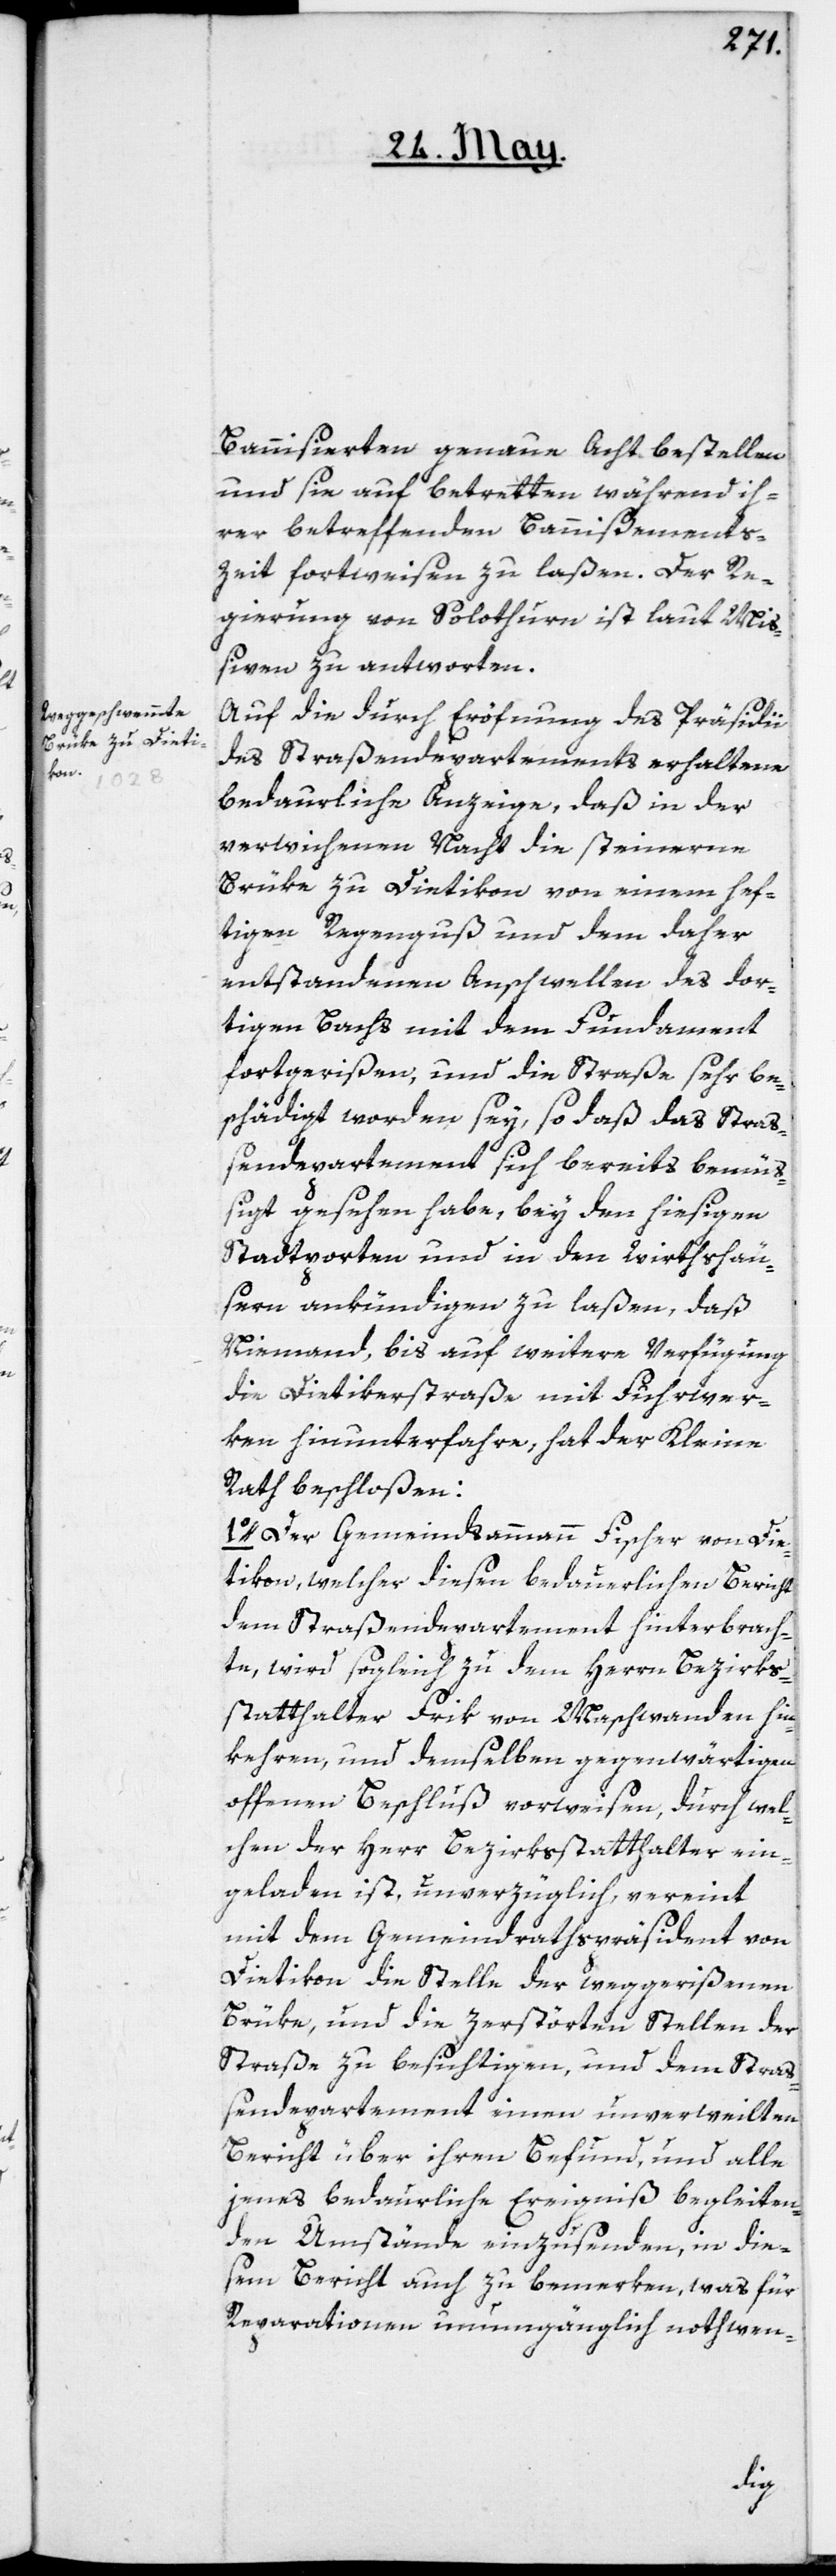
Bannisierten genaue Acht bestellen
und sie auf Betretten während ih¬
rer betreffenden Bannißements-Z¬
eit fortweisen zu laßen. Der Re¬
gierung von Solothurn ist laut Miß¬
iven zu antworten.
Auf die durch Eröfnung des Präsidii
des Straßendepartements erhaltene
bedaurliche Anzeige, daß in der
verwichenen Nacht die steinerne
Brüke zu Dietikon von einem hef¬
tigen Regenguß und dem daher
entstandenen Anschwellen des dor¬
tigen Bachs mit dem Fundament
fortgerißen, und die Straße sehr be¬
schädigt worden sey, so daß das Straß¬
endepartement sich bereits bemüß¬
igt gesehen habe, bey den hiesigen
Stadtporten und in den Wirthshäu¬
sern ankündigen zu laßen, daß
Niemand, bis auf weitere Verfügung
die Dietikerstraße mit Fuhrwer¬
ken hinunterfahre, hat der Kleine
Rath beschloßen:
1o. Der Gemeindsammann Fischer von Die¬
tikon, welcher diesen bedauerlichen Bericht
dem Straßendepartement hinterbrach¬
te, wird sogleich zu dem Herrn Bezirks¬
statthalter Frik von Maschwanden hin¬
kehren, und demselben gegenwärtigen
offenen Beschluß vorweisen, durch wel¬
chen der Herr Bezirksstatthalter ein¬
geladen ist, unverzüglich, vereint
mit dem Gemeindrathspräsident von
Dietikon die Stelle der weggerißenen
Brüke, und die zerstörten Stellen der
Straße zu besichtigen, und dem Straß¬
endepartement einen unverweilten
Bericht über ihren Befund, und alle
jenes bedaurliche Ereigniß begleiten¬
den Umstände einzusenden, in die¬
sem Bericht auch zu bemerken, was für
Reparationen unumgänglich nothwen-